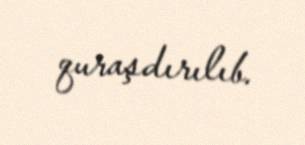
quraşdırılıb.